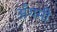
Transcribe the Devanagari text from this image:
अँगमी